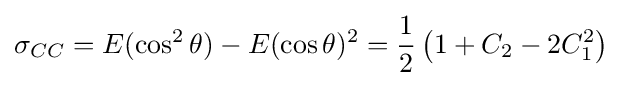
\sigma _{CC}=E(\cos ^{2}\theta )-E(\cos \theta )^{2}={\frac {1}{2}}\left(1+C_{2}-2C_{1}^{2}\right)